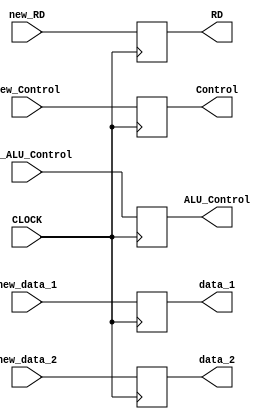
//ID_EX.v

module ID_EX(
	input wire CLOCK,
	input wire [31:0]new_data_1,
	input wire [31:0]new_data_2,
	input wire [4:0]new_RD,
	input wire [31:0]new_Control,
	input wire [4:0]new_ALU_Control,
	
	output reg [31:0]data_1,
	output reg [31:0]data_2,
	output reg [4:0]RD,
	output reg [31:0]Control,
	output reg [4:0]ALU_Control);
	
	always @(posedge CLOCK) begin
		RD <= new_RD;
		data_2 <= new_data_2;
		data_1 <= new_data_1;
		Control <= new_Control;
		ALU_Control <= new_ALU_Control;
	end
endmodule